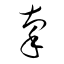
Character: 稟